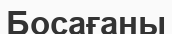
Босағаны